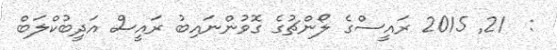
:  21